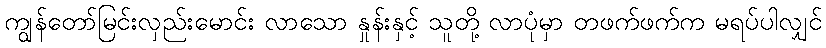
ကျွန်တော်မြင်းလှည်းမောင်း လာသော နှုန်းနှင့် သူတို့ လာပုံမှာ တဖက်ဖက်က မရပ်ပါလျှင်